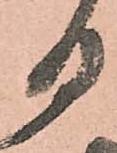
日